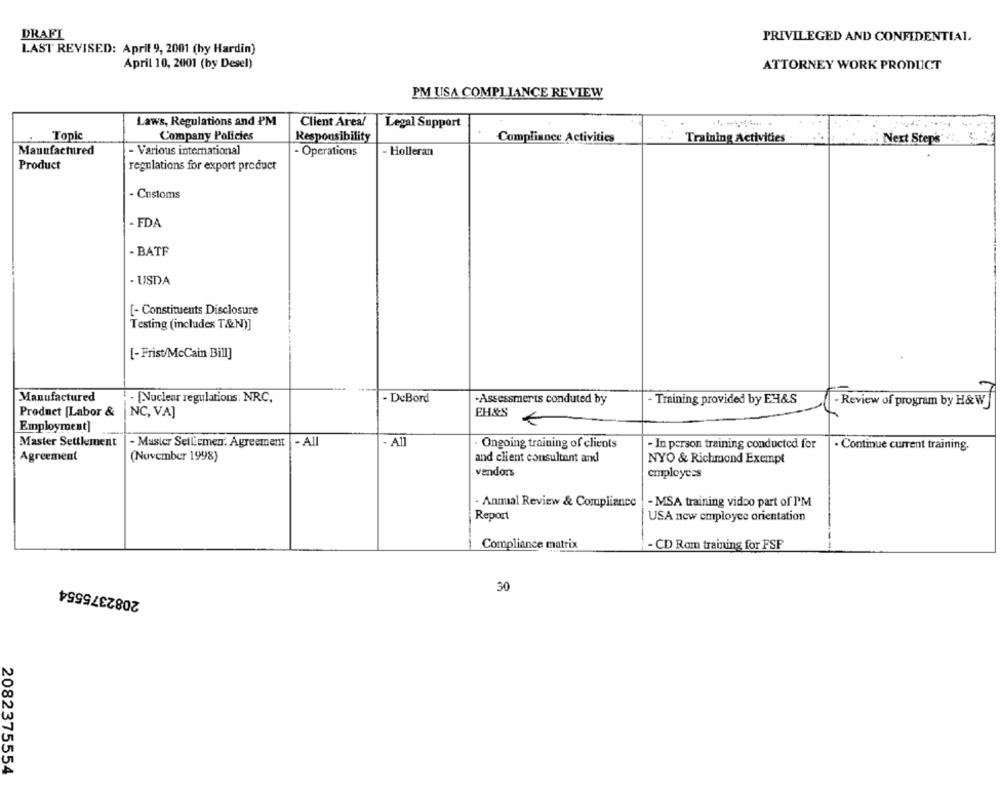
DRAFI
PRIVILEGED AND CONFIDENTIAL.
LAST REVISED: Aprit 9, 2001 (by Hardin)
April 10, 2001 (by Desel)
ATTORNEY WORK PRODUCT
PM USA COMPLIANCE REVIEW
Laws, Regulations and PM
Client Area/
Legal Support
Topic
Company Policies
Responsibility
Compliance Activities
Training Activities .
Next Steps
Manufactured
- Various international
- Operations
- Holleran
Product
regulations for export product
- Customs
- FDA
- BATF
· USDA
[- Constituents Disclosure
Testing (includes T&N)]
[- Frist/McCain Bill]
Manufactured
. Nuclear regulations: NRC,
- DeBord
-Assessments conduted by
- Training provided by EL&S
- Review of program by H& W]
EH&S
Product [Labor &
NC, VA]
Employment]
Master Settlement
- Master Setliemen' Agreement - All
- All
· Ongoing training of clients
- In person training conducted for
· Continue current training.
Agreement
(November 1998)
and client consultant and
NYO & Richmond Exempt
vendors
employees
- Annual Review & Compliance
-MSA training vidoo part of PM
Report
USA new employee orientation
Compliance matrix
- CD Rom training for FSF
2082375554
50
2082375554